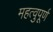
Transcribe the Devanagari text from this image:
महत्वुपूर्ण